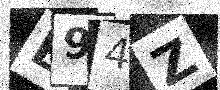
Text: B94Z